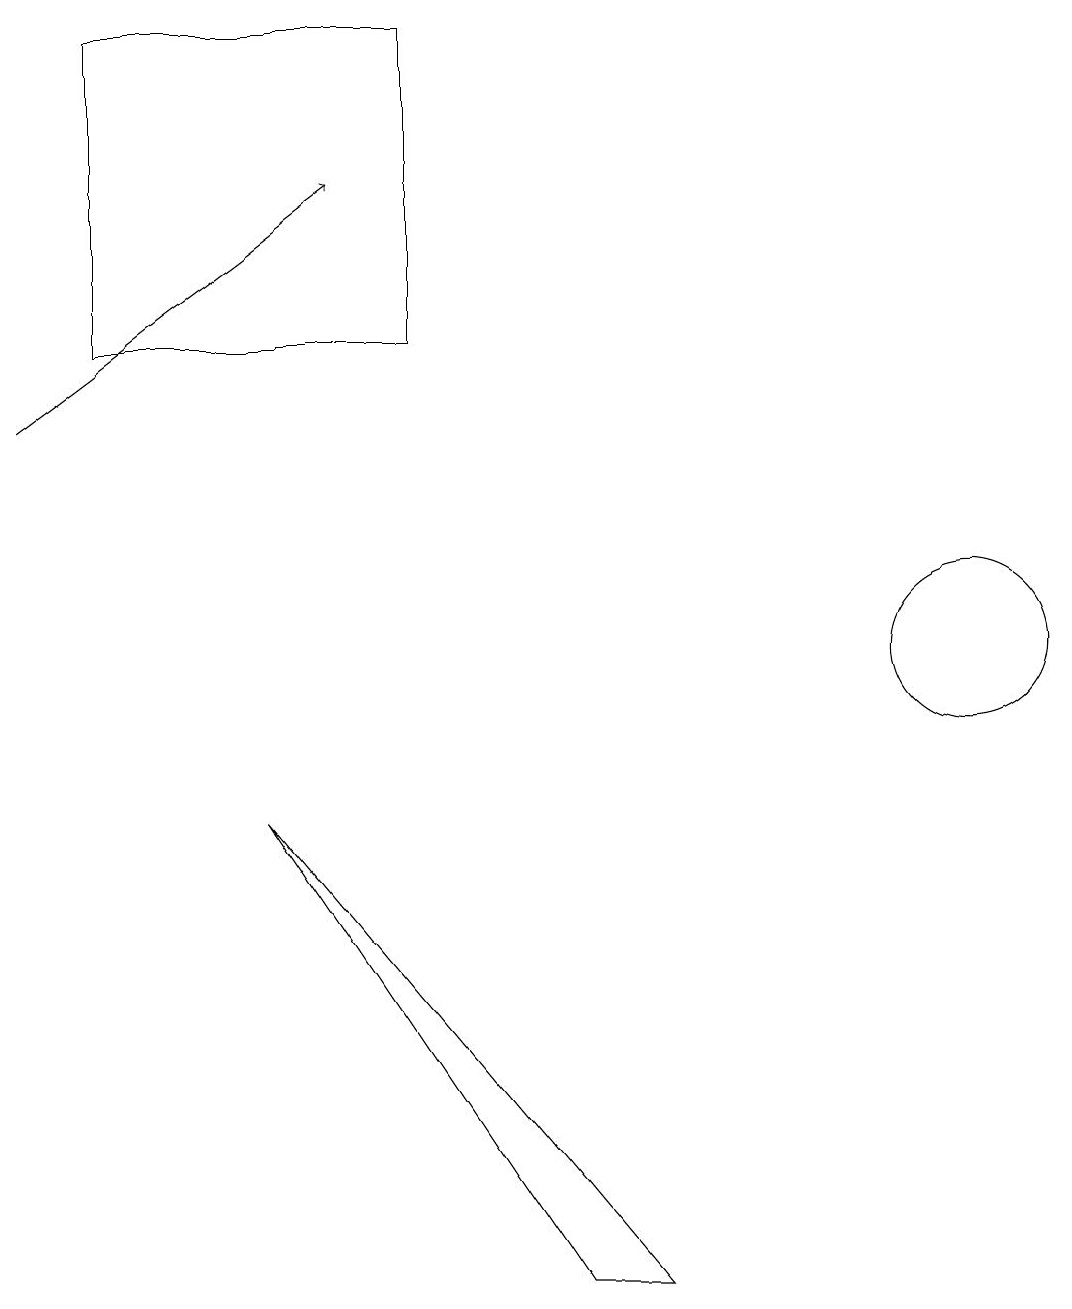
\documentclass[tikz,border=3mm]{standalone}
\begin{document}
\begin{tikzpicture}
\draw[->] (0,13) -- (4,16);
\draw (1,14) rectangle (5,18);
\draw (3,8) -- (8,2) -- (7,2) -- cycle;
\draw (12,10) circle (1);
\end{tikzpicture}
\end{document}